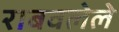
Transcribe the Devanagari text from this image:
राबवलेले